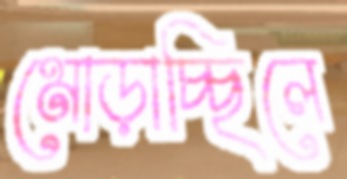
মোড়াচ্ছিলে